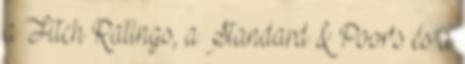
a Fitch Ratings, a Standard & Poor's és a